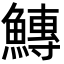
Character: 鱄